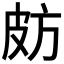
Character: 𣃤